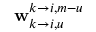
\mathbf { w } _ { k \rightarrow i , u } ^ { k \rightarrow i , m - u }